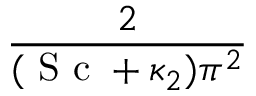
\frac { 2 } { ( \mathrm { ~ S ~ c ~ } + \kappa _ { 2 } ) \pi ^ { 2 } }